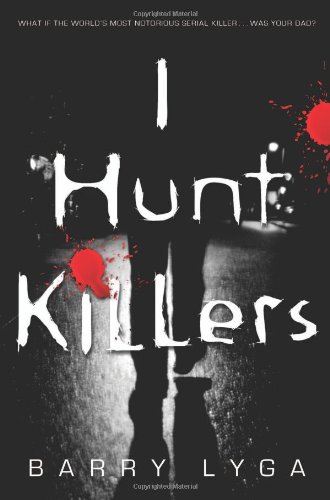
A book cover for I Hunt Killers (Jasper Dent); Barry Lyga; Teen & Young Adult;